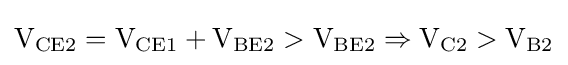
\mathrm {V_{CE2}=V_{CE1}+V_{BE2}>V_{BE2}} \Rightarrow \mathrm {V_{C2}>V_{B2}}